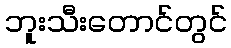
ဘူးသီးတောင်တွင်